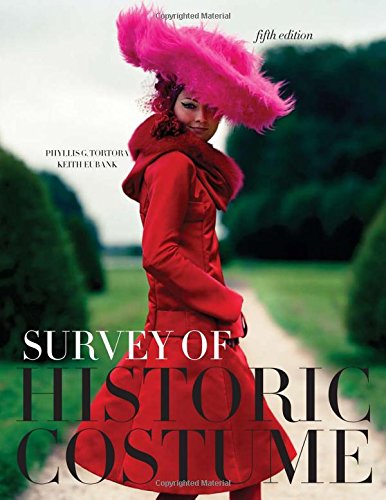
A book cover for Survey of Historic Costume: A History of Western Dress; Phyllis G. Tortora; Arts & Photography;